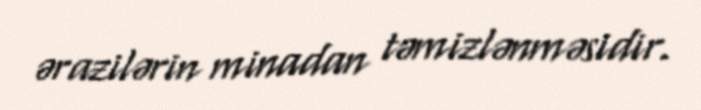
ərazilərin minadan təmizlənməsidir.